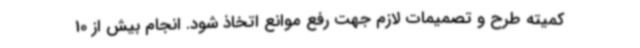
کمیته طرح و تصمیمات لازم جهت رفع موانع اتخاذ شود. انجام بیش از 10